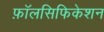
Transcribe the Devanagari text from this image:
फ़ॉलसिफिकेशन